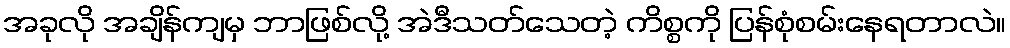
အခုလို အချိန်ကျမှ ဘာဖြစ်လို့ အဲဒီသတ်သေတဲ့ ကိစ္စကို ပြန်စုံစမ်းနေရတာလဲ။